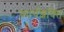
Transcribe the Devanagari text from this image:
कार्यशक्‍ति